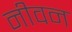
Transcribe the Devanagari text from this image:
नीवन